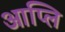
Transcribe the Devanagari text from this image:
आप्लि